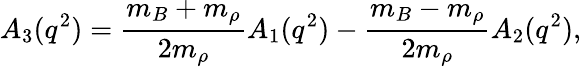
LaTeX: A_{3}(q^{2})=\frac{m_{B}+m_{\rho}}{2m_{\rho}}A_{1}(q^{2})-\frac{m_{B}-m_{\rho}}{2m_{\rho}}A_{2}(q^{2}),